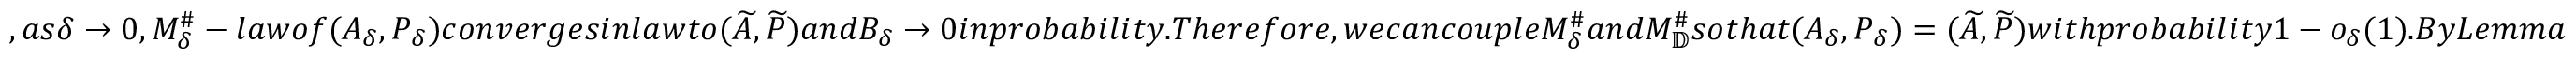
, a s \delta \to 0 , M _ { \delta } ^ { \# } - l a w o f ( A _ { \delta } , P _ { \delta } ) c o n v e r g e s i n l a w t o ( \widetilde A , \widetilde P ) a n d B _ { \delta } \to 0 i n p r o b a b i l i t y . T h e r e f o r e , w e c a n c o u p l e M _ { \delta } ^ { \# } a n d M _ { \mathbb D } ^ { \# } s o t h a t ( A _ { \delta } , P _ { \delta } ) = ( \widetilde A , \widetilde P ) w i t h p r o b a b i l i t y 1 - o _ { \delta } ( 1 ) . B y L e m m a